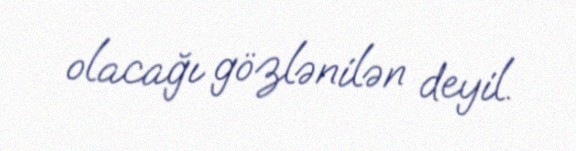
olacağı gözlənilən deyil.